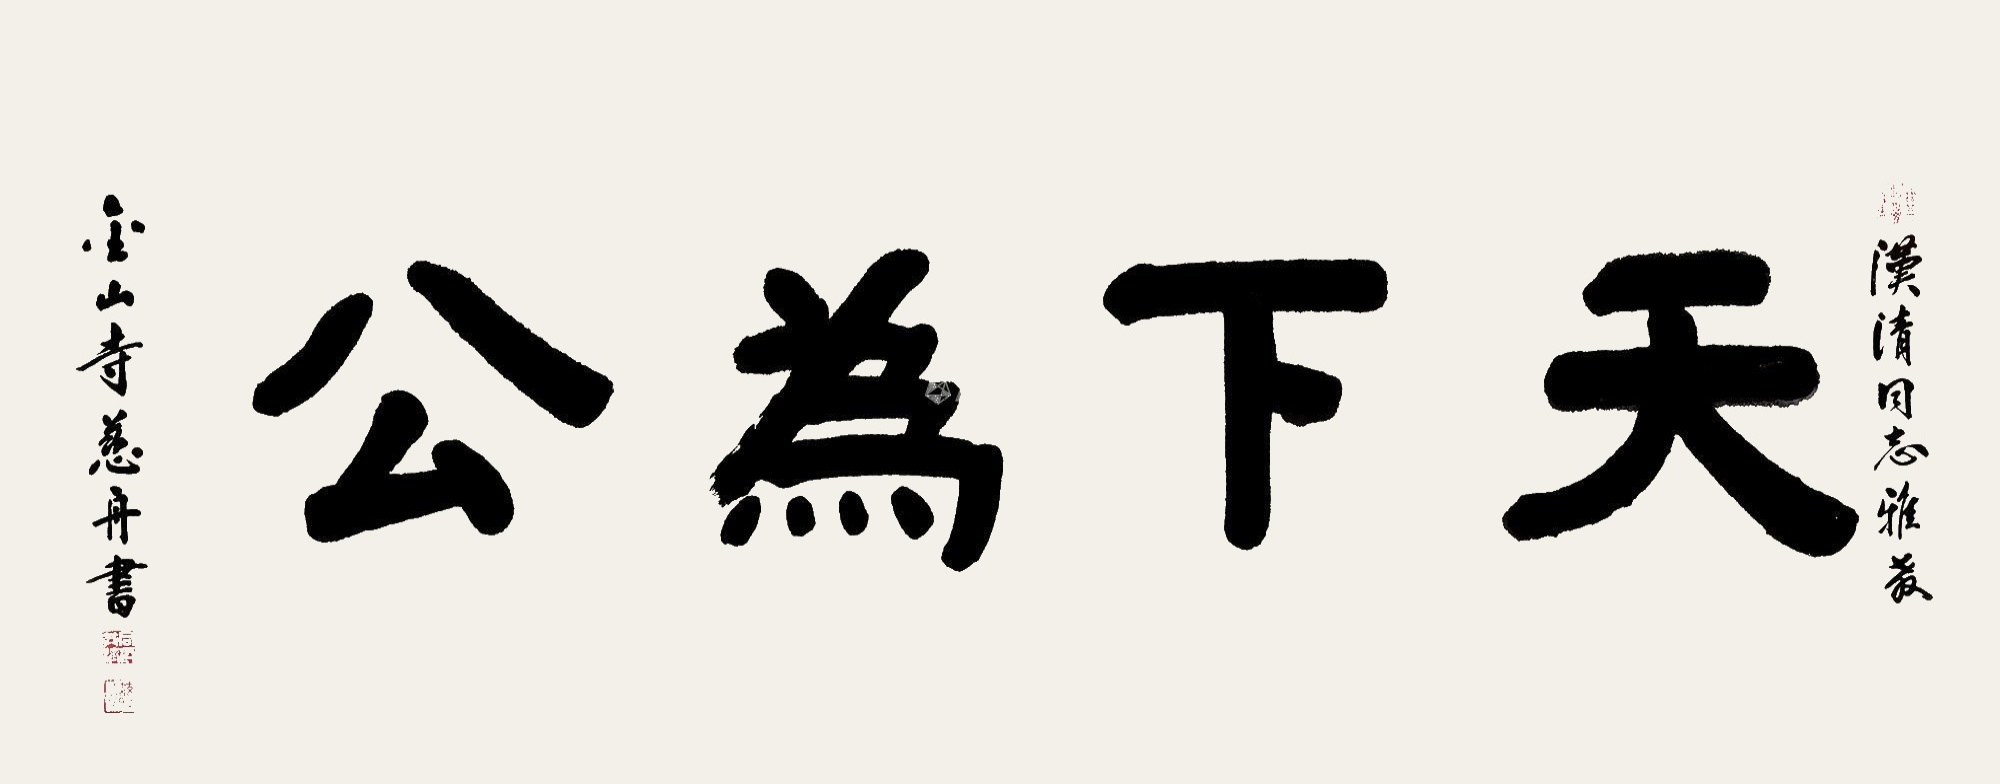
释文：天下为公汉清同志雅教，金山寺慈舟书。